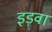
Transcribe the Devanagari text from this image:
इड़वा